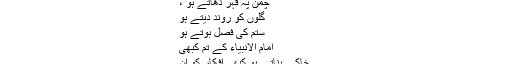
کسے تسخیر کرنے کی ادھوری
کوششوں میں تم مگر مصروف رہتے ہو
چمن پہ قہر ڈھاتے ہو ،
گُلوں کو روند دیتے ہو
ستم کی فصل بوتے ہو
امام الانبیاءؐ کے تم کبھی
خاکے بناتے ہو کبھی افکار کو انؐ
کے ، نشانے پر سجاتے ہو
مگر یہ جانتے ہو کیا!